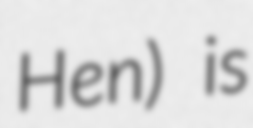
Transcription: Hen) is